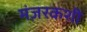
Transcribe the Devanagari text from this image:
मंज़रकशी